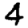
Digit: 4